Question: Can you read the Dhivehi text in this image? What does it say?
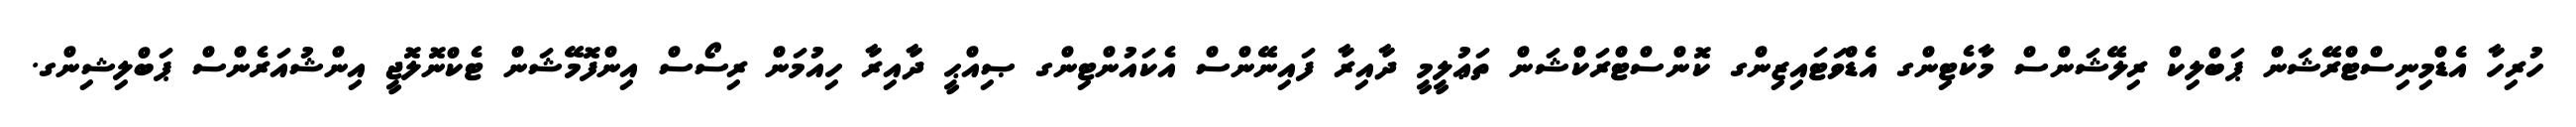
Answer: ހުރިހާ އެޑްމިނިސްޓްރޭޝަން ޕަބްލިކް ރިލޭޝަންސް މާކެޓިންގ އެޑްވަޓައިޒިންގ ކޮންސްޓްރަކްޝަން ތަޢުލީމީ ދާއިރާ ފައިނޭންސް އެކައުންޓިންގ ޞިއްޙީ ދާއިރާ ހިއުމަން ރިސޯސް އިންފޮމޭޝަން ޓެކްނޮލޮޖީ އިންޝުއަރެންސް ޕަބްލިޝިންގ.